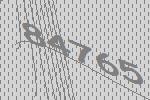
84765